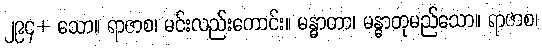
၂၉၄+ သော။ ရာဇာစ၊ မင်းလည်းကောင်း။ မန္ဓာတာ၊ မန္ဓာတုမည်သော။ ရာဇာစ၊